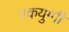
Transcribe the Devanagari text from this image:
एकयुग्गी